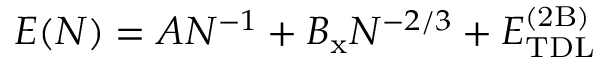
E ( N ) = A N ^ { - 1 } + B _ { \mathrm { x } } N ^ { - 2 / 3 } + E _ { \mathrm { T D L } } ^ { \mathrm { ( 2 B ) } }